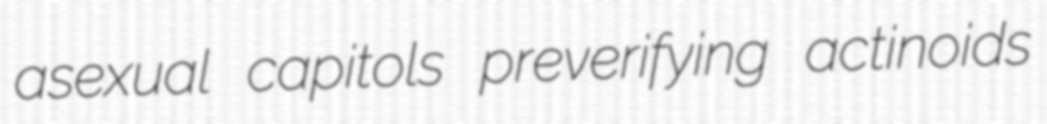
asexual capitols preverifying actinoids